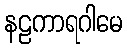
နဠကာရဂါမေ